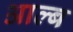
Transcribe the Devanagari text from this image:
आल्ब